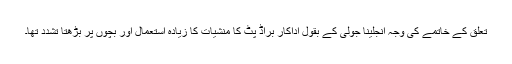
تعلق کے خاتمے کی وجہ انجلینا جولی کے بقول اداکار براڈ پٹ کا منشیات کا زیادہ استعمال اور بچوں پر بڑھتا تشدد تھا۔